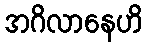
အဂိလာနေဟိ